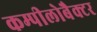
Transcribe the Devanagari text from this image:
कम्पीलोबैक्टर